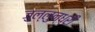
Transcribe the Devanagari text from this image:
जुल्लुन्ध्री